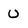
Character: U